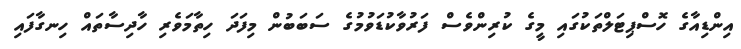
އިންޑިއާގެ ހޮސްޕިޓަލްތަކުގައި މީގެ ކުރިންވެސް ފަރުވާކުޑަވުމުގެ ސަބަބުން މިފަދަ ހިތާމަވެރި ހާދިސާތައް ހިނގާފައި